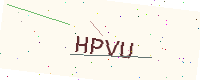
Text: HPVU